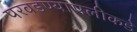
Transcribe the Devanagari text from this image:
परवडण्यापलीकडे